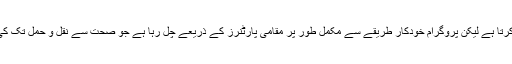
مائیکرو سافٹ پروگرام کے لئے آلات تو فراہم کرتا ہے لیکن پروگرام خودکار طریقے سے مکمل طور پر مقامی پارٹنرز کے ذریعے چل رہا ہے جو صحت سے نقل و حمل تک کی صنعتوں میں پروجیکٹس کو مرتب کرتے ہیں۔